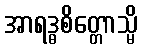
အာရဒ္ဓစိတ္တောသ္မိ